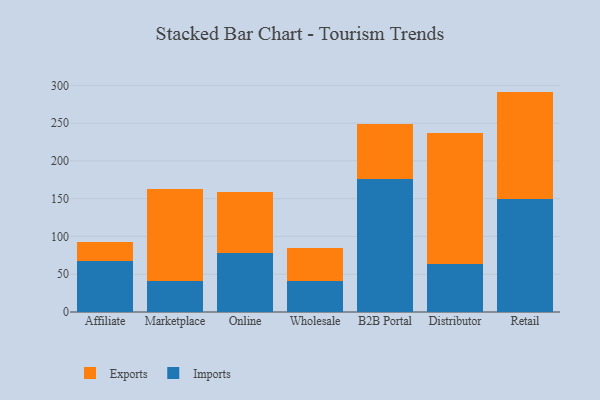
{"axis": {"x": "Channel", "y": "Latency (ms)"}, "legend": ["Exports", "Imports"], "data": [{"x": "Affiliate", "y": 67.0, "type": "Imports"}, {"x": "Affiliate", "y": 25.5, "type": "Exports"}, {"x": "Marketplace", "y": 41.0, "type": "Imports"}, {"x": "Marketplace", "y": 121.5, "type": "Exports"}, {"x": "Online", "y": 77.7, "type": "Imports"}, {"x": "Online", "y": 80.8, "type": "Exports"}, {"x": "Wholesale", "y": 41.2, "type": "Imports"}, {"x": "Wholesale", "y": 42.9, "type": "Exports"}, {"x": "B2B Portal", "y": 176.2, "type": "Imports"}, {"x": "B2B Portal", "y": 73.2, "type": "Exports"}, {"x": "Distributor", "y": 63.5, "type": "Imports"}, {"x": "Distributor", "y": 174.0, "type": "Exports"}, {"x": "Retail", "y": 149.3, "type": "Imports"}, {"x": "Retail", "y": 142.4, "type": "Exports"}]}